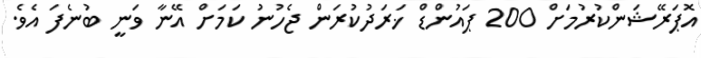
އޮޕަރޭޝަންކުރުމަށް 200 ޕައުންޑް ޚަރަދުކުރަން ޖެހުނު ކަމަށް އޭނާ ވަނީ ބުނެފަ އެވެ.